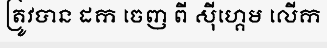
ត្រូវបាន ដក ចេញ ពី ស៊ីហ្គេម លើក